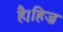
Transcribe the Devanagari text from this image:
है।हिज्र